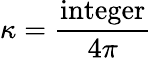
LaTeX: \kappa={\frac{\mathrm{integer}}{4\pi}}